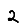
Digit: 2